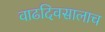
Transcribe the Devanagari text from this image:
वाढदिवसालाच